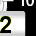
Digit: 2